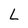
Character: L